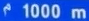
¹1000 m